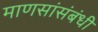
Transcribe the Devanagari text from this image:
माणसांसंबंधी